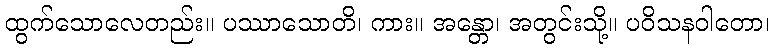
ထွက်သောလေတည်း။ ပဿာသောတိ၊ ကား။ အန္တော၊ အတွင်းသို့။ ပဝိသနဝါတော၊